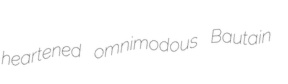
heartened omnimodous Bautain